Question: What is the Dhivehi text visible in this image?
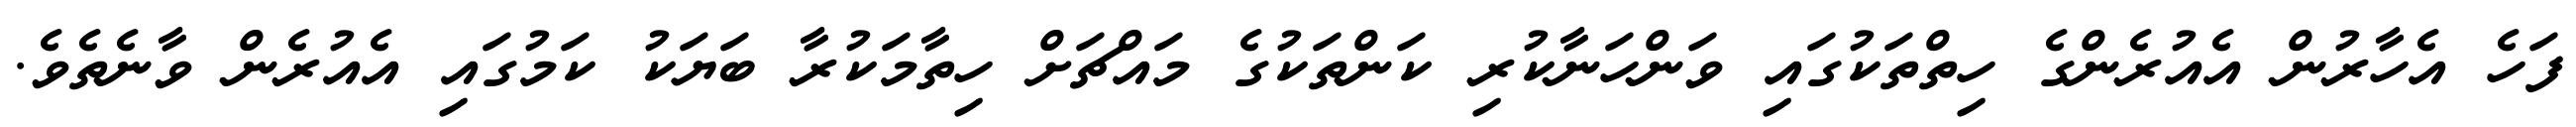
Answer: ފަހެ އެހާރުން އެއުރެންގެ ހިތްތަކުގައި ވަންހަނާކުރި ކަންތަކުގެ މައްޗަށް ހިތާމަކުރާ ބަޔަކު ކަމުގައި އެއުރެން ވާނެތެވެ.